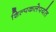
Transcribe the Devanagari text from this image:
शिल्पकलेपर्यंत